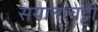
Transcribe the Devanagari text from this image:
सयानाचट्टी